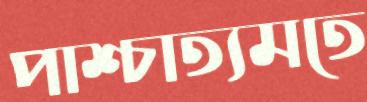
পাশ্চাত্যমতে